Malaria in the Duars
Disease focus: Malaria
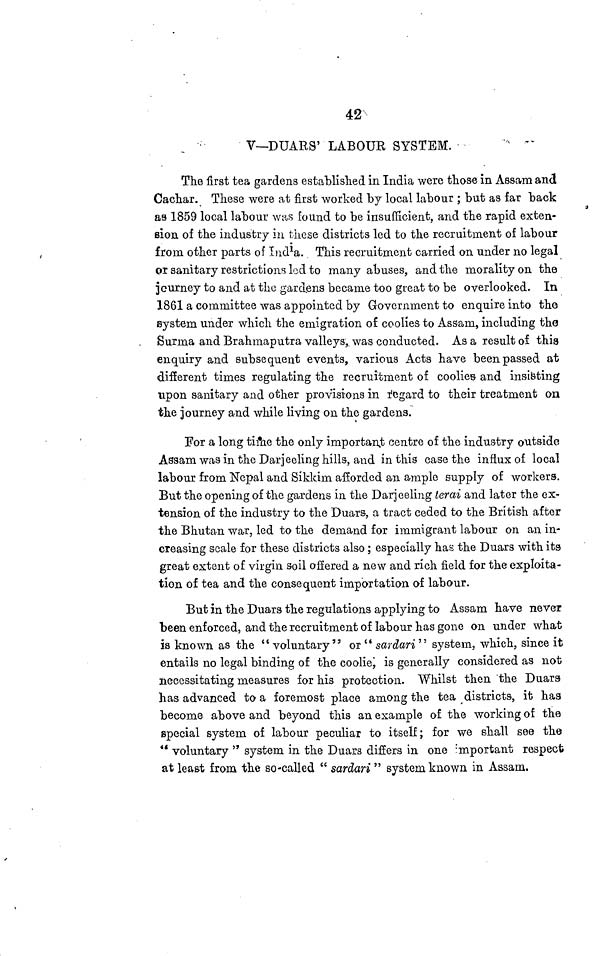
42
V—DUARS' LABOUR SYSTEM.
The first tea gardens established in India were those in Assam and
Cachar. These were at first worked by local labour ; but as far back
as 1859 local labour was found to be insufficient, and the rapid exten-
sion of the industry in these districts led to the recruitment of labour
from other parts of India. This recruitment carried on under no legal
or sanitary restrictions led to many abuses, and the morality on the
journey to and at the gardens became too great to be overlooked. In
1861 a committee was appointed by Government to enquire into the
system under which the emigration of coolies to Assam, including the
Surma and Brahmaputra valleys, was conducted. As a result of this
enquiry and subsequent events, various Acts have been passed at
different times regulating the recruitment of coolies and insisting
upon sanitary and other provisions in regard to their treatment on
the journey and while living on the gardens.
For a long time the only important centre of the industry outside
Assam was in the Darjeeling hills, and in this case the influx of local
labour from Nepal and Sikkim afforded an ample supply of workers.
But the opening of the gardens in the Darjeeling terai and later the ex-
tension of the industry to the Duars, a tract ceded to the British after
the Bhutan war, led to the demand for immigrant labour on an in-
creasing scale for these districts also; especially has the Duars with its
great extent of virgin soil offered a new and rich field for the exploita-
tion of tea and the consequent importation of labour.
But in the Duars the regulations applying to Assam have never
been enforced, and the recruitment of labour has gone on under what
is known as the " voluntary" or " sardari" system, which, since it
entails no legal binding of the coolie; is generally considered as not
necessitating measures for his protection. Whilst then the Duars
has advanced to a foremost place among the tea districts, it has
become above and beyond this an example of the working of the
special system of labour peculiar to itself; for we shall see the
" voluntary " system in the Duars differs in one important respect
at least from the so-called " sardari " system known in Assam.